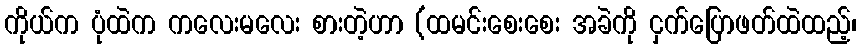
ကိုယ်က ပုံထဲက ကလေးမလေး စားတဲ့ဟာ (ထမင်းစေးစေး အခဲကို ငှက်ပြောဖတ်ထဲထည့်၊